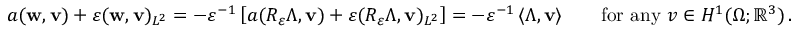
\begin{array} { r l } & { a ( { \bf w } , { \bf v } ) + \varepsilon ( { \bf w } , { \bf v } ) _ { L ^ { 2 } } = - \varepsilon ^ { - 1 } \left[ a ( R _ { \varepsilon } \Lambda , { \bf v } ) + \varepsilon ( R _ { \varepsilon } \Lambda , { \bf v } ) _ { L ^ { 2 } } \right] = - \varepsilon ^ { - 1 } \, \langle \Lambda , { \bf v } \rangle \qquad \mathrm { f o r ~ a n y ~ } v \in H ^ { 1 } ( \Omega ; \mathbb { R } ^ { 3 } ) \, . } \end{array}